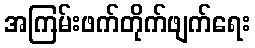
အကြမ်းဖက်တိုက်ဖျက်ရေး